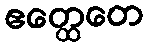
ဧတ္ထေတေ